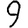
Digit: 9